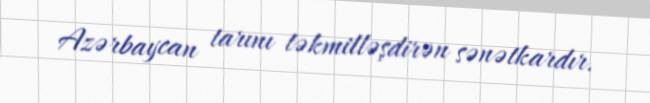
Azərbaycan tarını təkmilləşdirən sənətkardır.